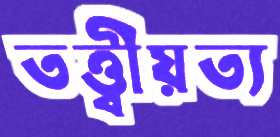
তত্ত্বীয়ত্য